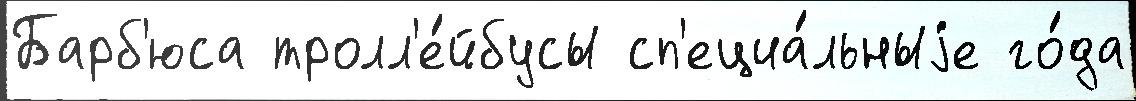
Барб'юса тролл'е́йбусы сп'ециа́льныjе го́да